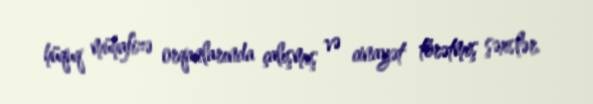
hüquq mühafizə orqanlarında çalışmış və cinayət törətmiş şəxslər.